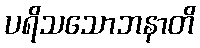
ပရိသသောဘနာတိ